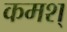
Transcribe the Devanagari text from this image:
कमश्